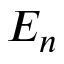
E _ { n }